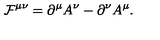
{ \cal F } ^ { \mu \nu } = \partial ^ { \mu } A ^ { \nu } - \partial ^ { \nu } A ^ { \mu } .